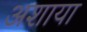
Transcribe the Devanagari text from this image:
अशाया